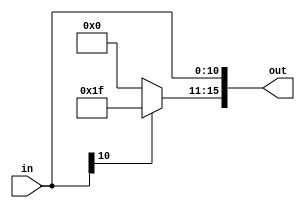
`timescale 1ns / 1ps
//////////////////////////////////////////////////////////////////////////////////
// Company: 
// Engineer: 
// 
// Design Name: 
// Module Name: SignedExtender11to16
// Project Name: 
// Target Devices: 
// Tool Versions: 
// Description: 
// 
// Dependencies: 
// 
// Revision:
// Revision 0.01 - File Created
// Additional Comments:
// 
//////////////////////////////////////////////////////////////////////////////////


module SignedExtender11to16(
    input [10:0] in,
    output reg [15:0] out
    );

    always @(*) begin
        out[10:0] = in[10:0];
        if(in[10])
            out[15:11] = 11'b11111;
        else
            out[15:11] = 0;
    end
endmodule